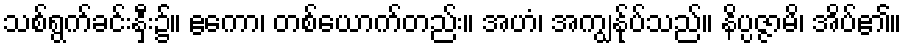
သစ်ရွက်ခင်းနှီး၌။ ဧကော၊ တစ်ယောက်တည်း။ အဟံ၊ အကျွန်ုပ်သည်။ နိပ္ပဇ္ဇာမိ၊ အိပ်၏။